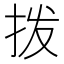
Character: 拨